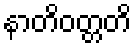
နာတိဝတ္တတိ